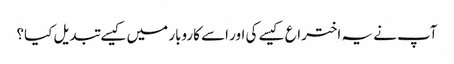
آپ نے یہ اختراع کیسے کی اور اسے کاروبار میں کیسے تبدیل کیا؟